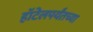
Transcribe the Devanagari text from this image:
हॉटेलपर्यंतच्या